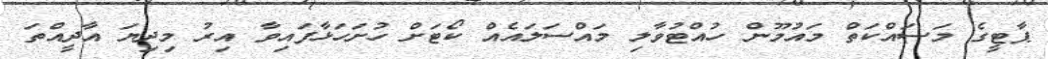
ޕާޓީގެ މަސައްކަތް މައުމޫން ހުއްޓުވާލި މައްސަލައެއް ކޯޓަށް ހުށަހަޅާފައިވާ އިރު މިދިޔަ އާދީއްތަ